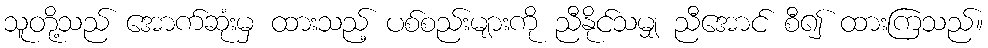
သူတို့သည် အောက်ဆုံးမှ ထားသည့် ပစ်စည်းများကို ညီနိုင်သမျှ ညီအောင် စီ၍ ထားကြသည်။